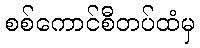
စစ်ကောင်စီတပ်ထံမှ